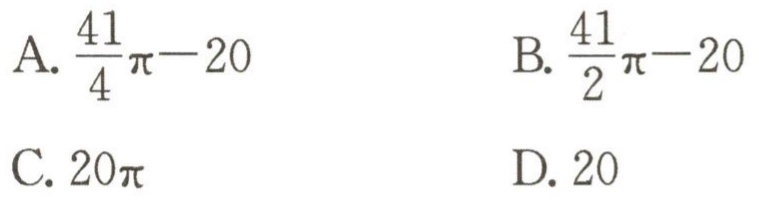
A. \(\frac{41}{4}\pi - 20\)  B. \(\frac{41}{2}\pi - 20\)  C. \(20\pi\)  D. \(20\)